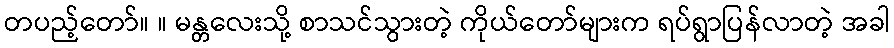
တပည့်တော်။ ။ မန္တလေးသို့ စာသင်သွားတဲ့ ကိုယ်တော်များက ရပ်ရွာပြန်လာတဲ့ အခါ